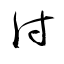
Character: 付